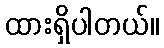
ထားရှိပါတယ်။